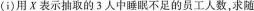
（ī)用X表示抽取的3人中睡眠不足的员工人数，求随